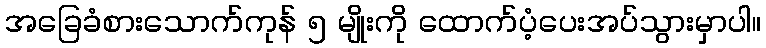
အခြေခံစားသောက်ကုန် ၅ မျိုးကို ထောက်ပံ့ပေးအပ်သွားမှာပါ။